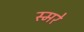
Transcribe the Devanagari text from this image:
स्मरे